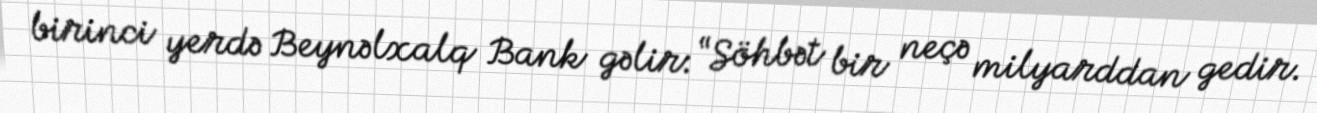
birinci yerdə Beynəlxalq Bank gəlir: “Söhbət bir neçə milyarddan gedir.